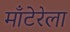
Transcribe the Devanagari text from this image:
माँटेरेला